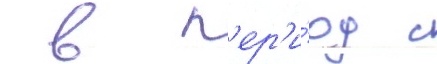
 в п'ер'и́од с